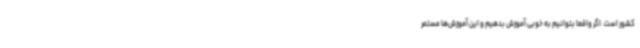
کشور است. اگر واقعا بتوانیم به خوبی آموزش بدهیم و این آموزش‌ها مستمر